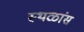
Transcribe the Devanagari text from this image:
स्थळांस